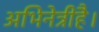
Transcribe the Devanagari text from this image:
अभिनेत्रीहै।